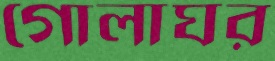
গোলাঘর